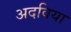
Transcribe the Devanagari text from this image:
अदविया